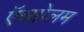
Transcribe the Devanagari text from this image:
ऍब्सोलम